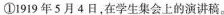
①1919年5月4日，在学生集会上的演讲稿。